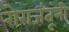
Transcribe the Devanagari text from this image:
रोगजंतूंनी